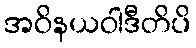
အဝိနယဝါဒီတိပိ